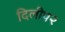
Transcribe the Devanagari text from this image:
दिलीप२